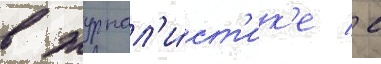
в журнал'и́ст'ик'е / с